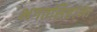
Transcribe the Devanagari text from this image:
भगतसिंहांना